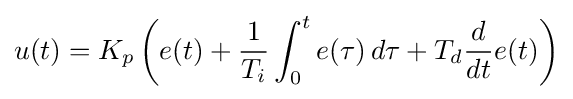
u(t)=K_{p}\left(e(t)+{\frac {1}{T_{i}}}\int _{0}^{t}e(\tau )\,d\tau +T_{d}{\frac {d}{dt}}e(t)\right)